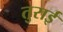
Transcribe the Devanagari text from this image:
तुराई